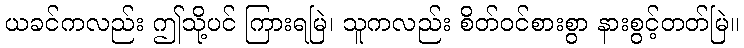
ယခင်ကလည်း ဤသို့ပင် ကြားရမြဲ၊ သူကလည်း စိတ်ဝင်စားစွာ နားစွင့်တတ်မြဲ။